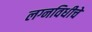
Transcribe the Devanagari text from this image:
लग्नविधीचे